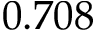
0 . 7 0 8